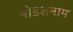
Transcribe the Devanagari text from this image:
षोडशनाम